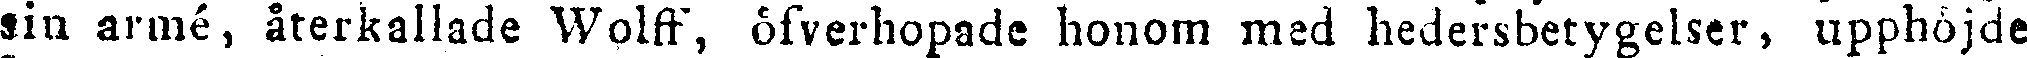
sin armé, återkallade Woiff, ofverhopade honom mcd hedersbetygelser, upphöjde